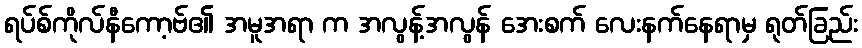
ရပ်စ်ကိုလ်နီကော့ဗ်၏ အမူအရာ က အလွန့်အလွန် အေးစက် လေးနက်နေရာမှ ရုတ်ခြည်း